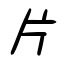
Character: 片